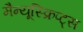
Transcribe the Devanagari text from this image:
मैन्यूस्क्रिप्ट्स